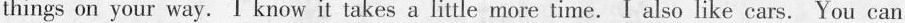
things on your way. I know it takes a little more time. I also like cars. You can